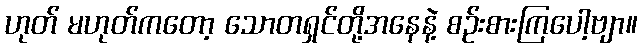
ဟုတ် မဟုတ်ကတော့ သောတရှင်တို့အနေနဲ့ စဉ်းစားကြပေါ့ဗျာ။